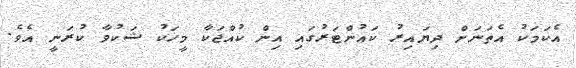
އެކަމަކު އެތަނަށް ދިޔައިރު ކައުންޓަރުގައި އިން ކުއްޖަކާ މީހަކު ޝަކުވާ ކުރަނީ އެވެ.